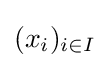
(x_{i})_{i\in I}